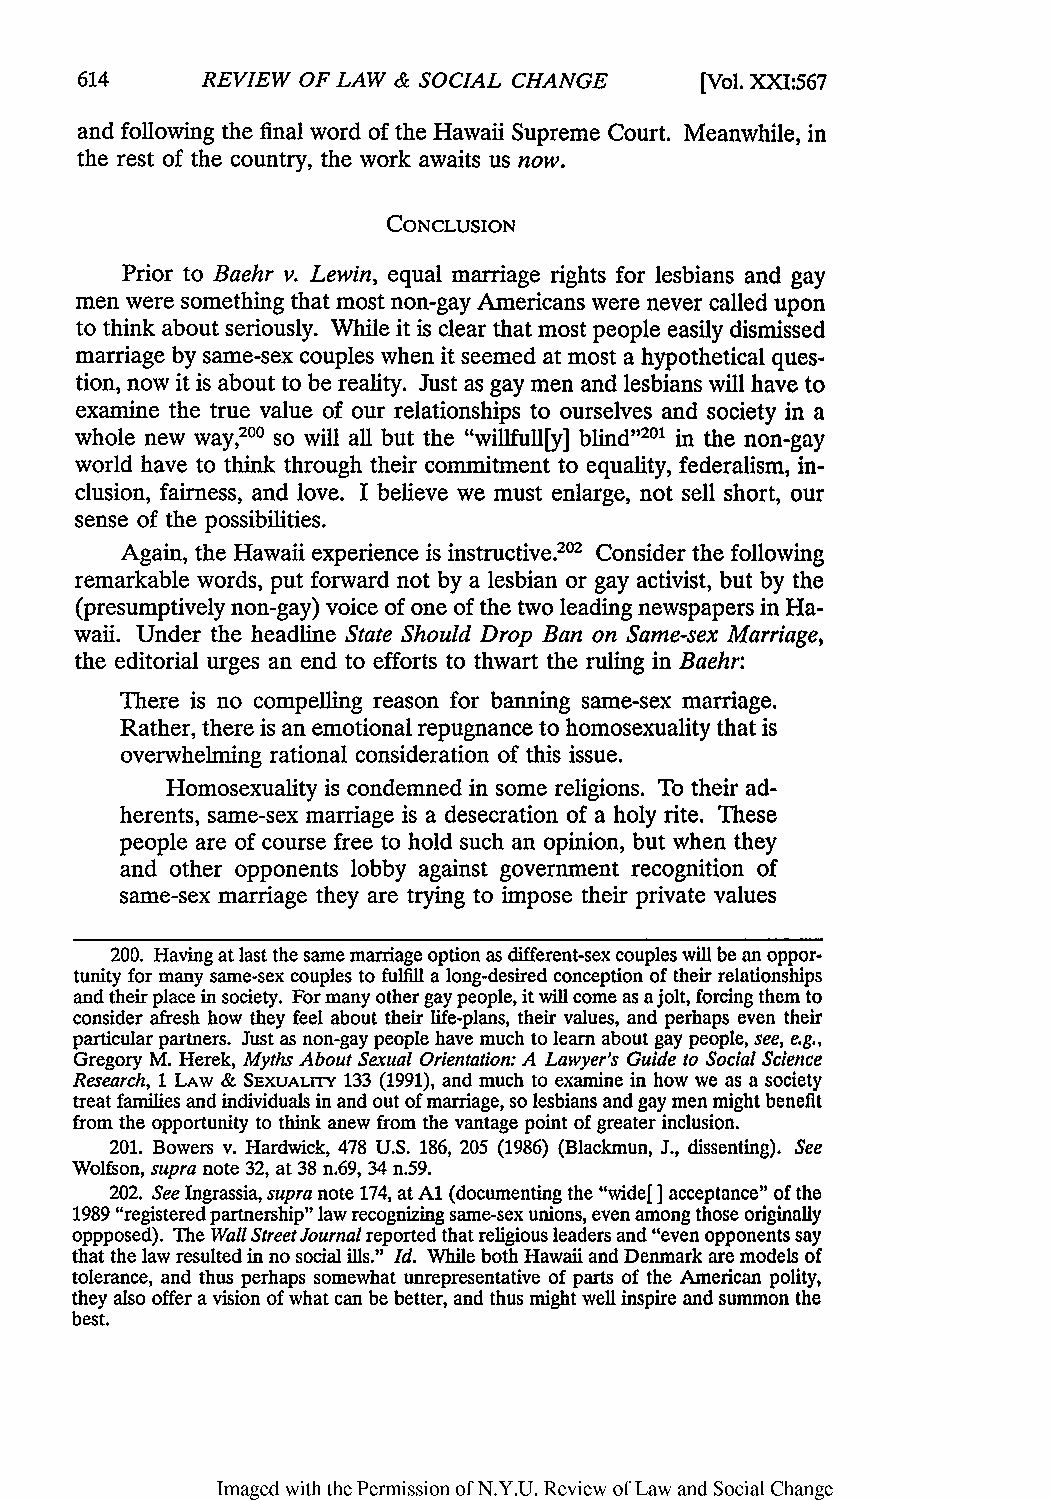
REVIEW OF LAW & SOCIAL CHANGE    [Vol. XXI:567
 and following the final word of the Hawaii Supreme Court. Meanwhile, in
 the rest of the country, the work awaits us now.
 CONCLUSION
 Prior to Baehr v. Lewin, equal marriage rights for lesbians and gay
 men were something that most non-gay Americans were never called upon
 to think about seriously. While it is clear that most people easily dismissed
 marriage by same-sex couples when it seemed at most a hypothetical ques-
 tion, now it is about to be reality. Just as gay men and lesbians will have to
 examine the true value of our relationships to ourselves and society in a
 whole new way,200 so will all but the "willfull[y] blind"201 in the non-gay
 world have to think through their commitment to equality, federalism, in-
 clusion, fairness, and love. I believe we must enlarge, not sell short, our
 sense of the possibilities.
 Again, the Hawaii experience is instructive.2 Consider the following
 02
 remarkable words, put forward not by a lesbian or gay activist, but by the
 (presumptively non-gay) voice of one of the two leading newspapers in Ha-
 waii. Under the headline State Should Drop Ban on Same-sex Marriage,
 the editorial urges an end to efforts to thwart the ruling in Baehr:
 There is no compelling reason for banning same-sex marriage.
 Rather, there is an emotional repugnance to homosexuality that is
 overwhelming rational consideration of this issue.
 Homosexuality is condemned in some religions. To their ad-
 herents, same-sex marriage is a desecration of a holy rite. These
 people are of course free to hold such an opinion, but when they
 and other opponents lobby against government recognition of
 same-sex marriage they are trying to impose their private values
 200. Having at last the same marriage option as different-sex couples will be an oppor-
 tunity for many same-sex couples to fulfill a long-desired conception of their relationships
 and their place in society. For many other gay people, it will come as a jolt, forcing them to
 consider afresh how they feel about their life-plans, their values, and perhaps even their
 particular partners. Just as non-gay people have much to learn about gay people, see, e.g.,
 Gregory M. Herek, Myths About Sexual Orientation:A Lawyer's Guide to Social Science
 Research, 1 LAW & SEXUALITY 133 (1991), and much to examine in how we as a society
 treat families and individuals in and out of marriage, so lesbians and gay men might benefit
 from the opportunity to think anew from the vantage point of greater inclusion.
 201. Bowers v. Hardwick, 478 U.S. 186, 205 (1986) (Blackmun, J., dissenting). See
 Wolfson, supra note 32, at 38 n.69, 34 n.59.
 202. See Ingrassia, supra note 174, at Al (documenting the "wide[ ] acceptance" of the
 1989 "registered partnership" law recognizing same-sex unions, even among those originally
 oppposed). The Wall Street Journalr eported that religious leaders and "even opponents say
 that the law resulted in no social ills." Id. While both Hawaii and Denmark are models of
 tolerance, and thus perhaps somewhat unrepresentative of parts of the American polity,
 they also offer a vision of what can be better, and thus might well inspire and summon the
 best.
 Imaged with the Permission of N.Y.U. Review of Law and Social Change